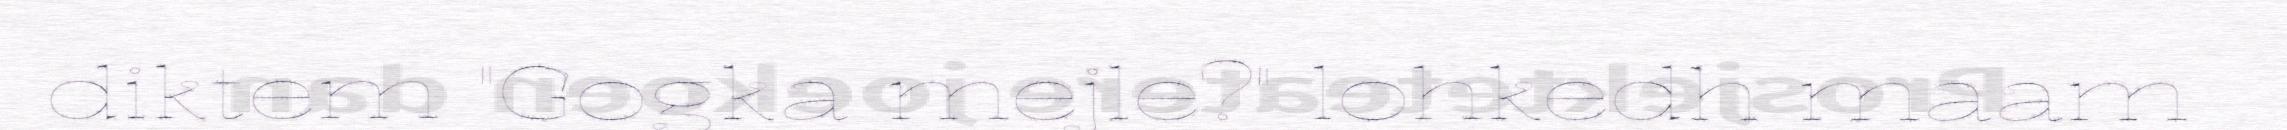
diktem "Gogka mejle?" lohkedh maam